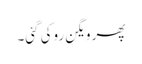
پھر ویگن روکی گئی۔